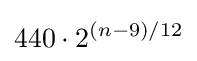
440\cdot 2^{(n-9)/12}